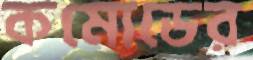
কমোডের